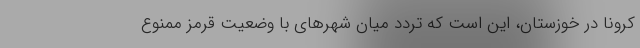
کرونا در خوزستان، این است که تردد میان شهرهای با وضعیت قرمز ممنوع